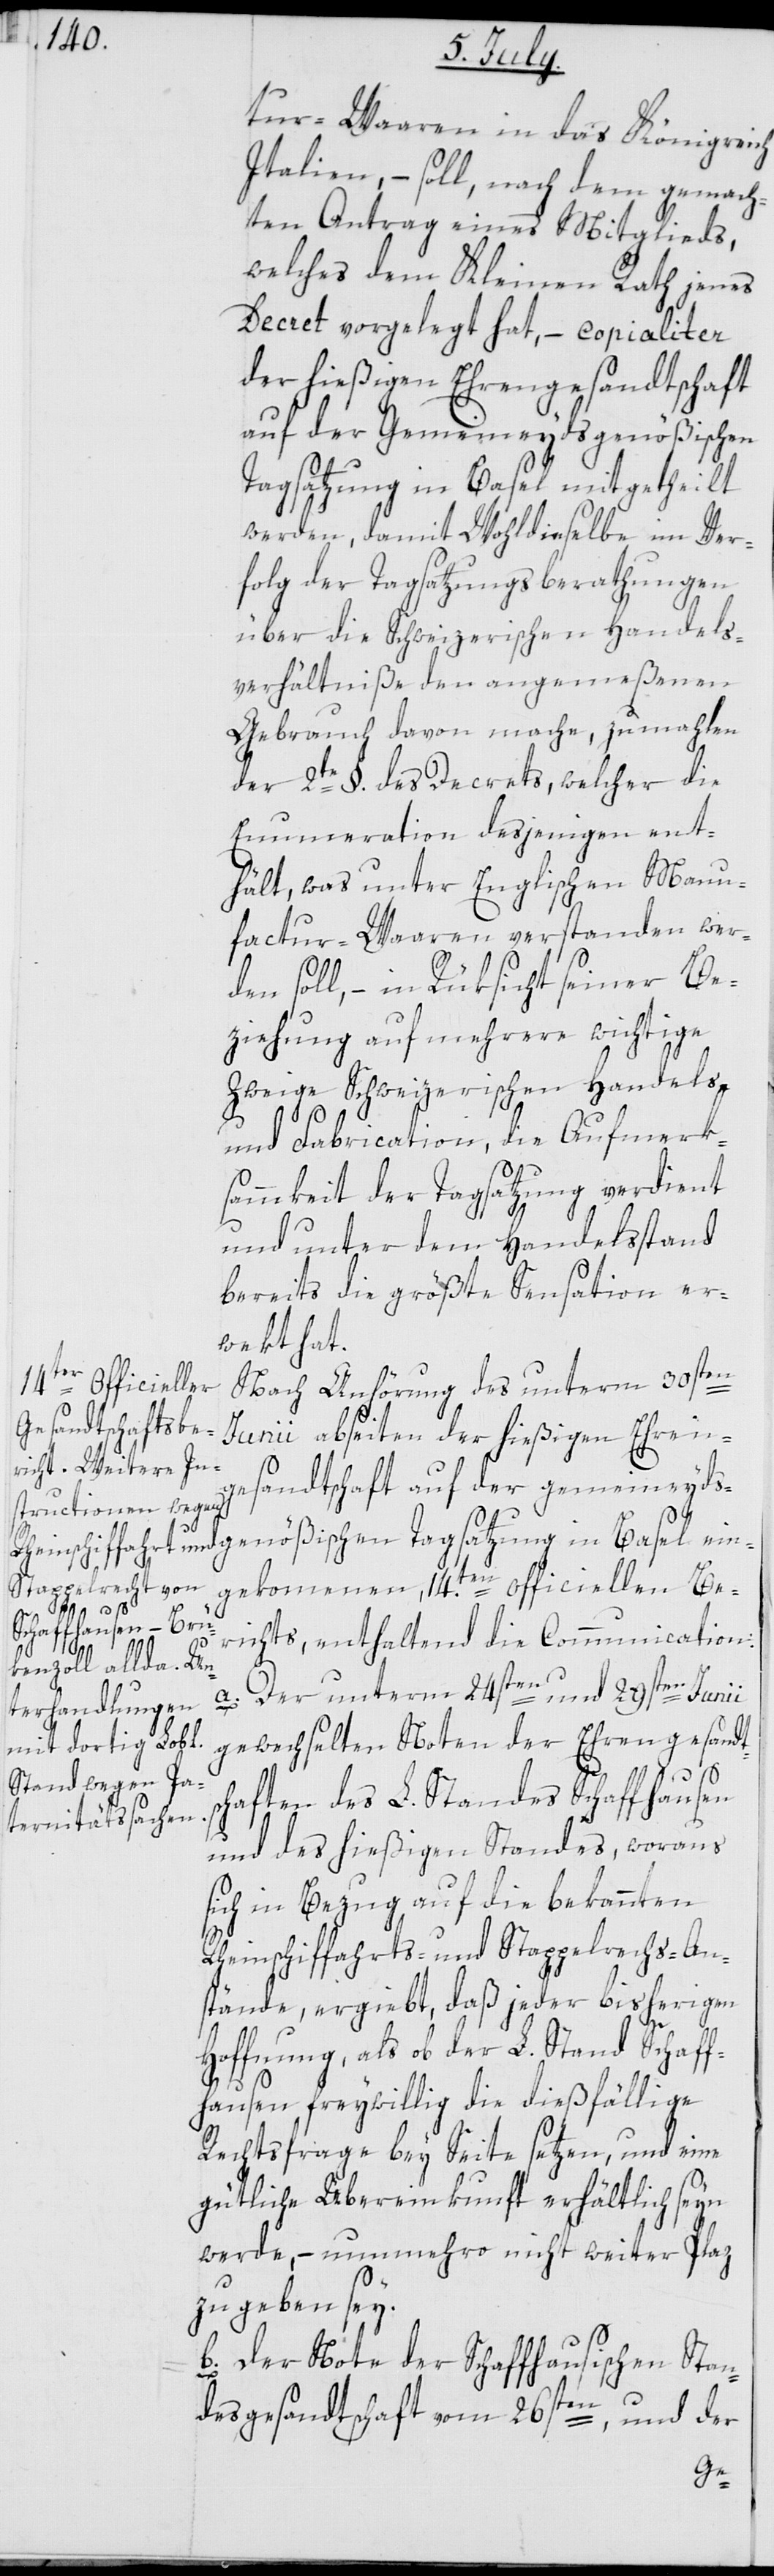
tur-Waaren in das Königreich
Italien, – soll, nach dem gemach¬
ten Antrag eines Mitglieds,
welches dem Kleinen Rath jenes
Decret vorgelegt hat, – copialiter
der hießigen Ehrengesandtschaft
auf der gemeineyndsgenößischen
Tagsatzung in Basel mitgetheilt
werden, damit Wohldieselbe im Ver¬
folg der Tagsatzungsberathungen
über die Schweizerischen Handels¬
verhältniße den angemeßenen
Gebrauch davon mache, zumahlen
der 2te §. des Decrets, welcher die
Enumeration desjenigen ent¬
hält, was unter Englischen Manu¬
factur-Waaren verstanden wer¬
den soll, – in Rüksicht seiner Be¬
ziehung auf mehrere wichtige
Zweige Schweizerischen Handels-
und Fabrication, die Aufmerk¬
sammkeit der Tagsatzung verdient
und unter dem Handelsstand
bereits die größte Sensation er¬
weckt hat.
Nach Anhörung des unterm 30sten
gekommenen, 14.ten officiellen Be¬
richts, enthaltend die Communication:
ein¬
a. Der unterm 24sten und 29sten Junii
gewechselten Noten der Ehrengesandt¬
schaften des L. Standes Schaffhausen
und des hießigen Standes, woraus
sich in Bezug auf die bekannten
Rheinschiffahrts- und Stappelrechts-An¬
stände, ergiebt, daß jeder bisherigen
Hoffnung, als ob der L. Stand Schaff¬
hausen freywillig die dießfällige
Rechtsfrage bey Seite setzen, und eine
gütliche Übereinkunft erhältlich seyn
werde, – nunmehro nicht weiter Plaz
zu geben sey.
b. Der Note der Schaffhausischen Stan¬
desgesandtschaft vom 26sten, und der